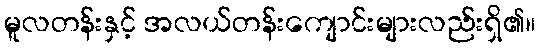
မူလတန်းနှင့် အလယ်တန်းကျောင်းများလည်းရှိ၏။